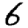
Digit: 6